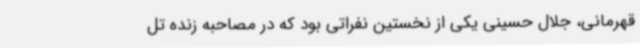
قهرمانی، جلال حسینی یکی از نخستین نفراتی بود که در مصاحبه زنده تل